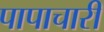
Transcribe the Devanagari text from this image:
पापाचारी